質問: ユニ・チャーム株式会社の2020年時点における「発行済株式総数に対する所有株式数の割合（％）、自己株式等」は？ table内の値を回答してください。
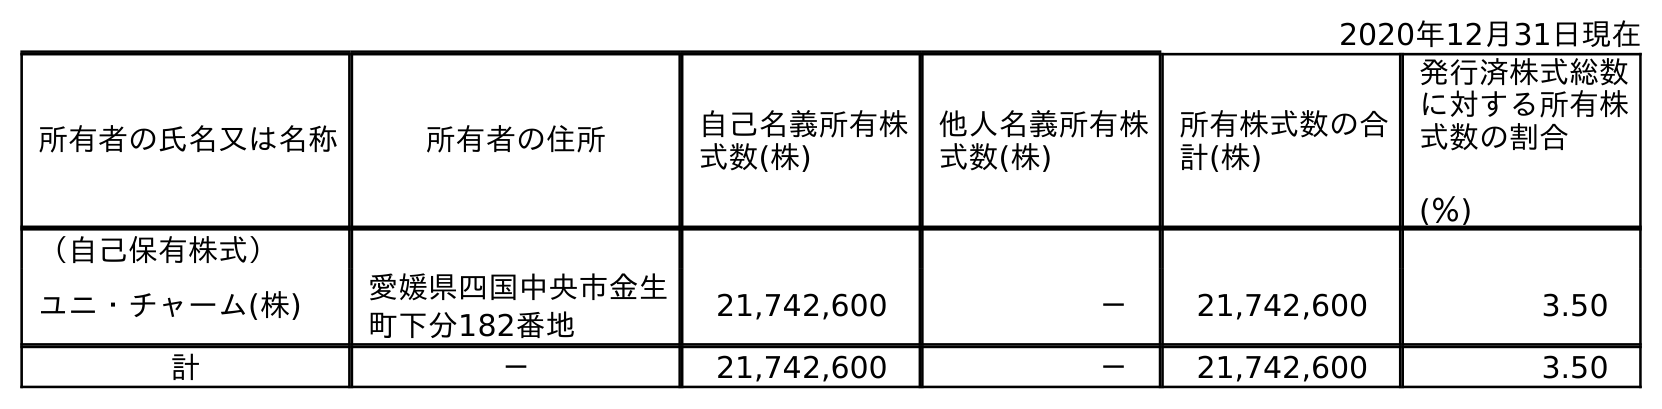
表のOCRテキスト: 2020年12月31日現在 所有者の氏名又は名称 所有者の住所 自己名義所有株 式数(株) 他人名義所有株 式数(株) 所有株式数の合 計(株) 発行済株式総数 に対する所有株 式数の割合 (％) （自己保有株式） ユニ・チャーム(株) 愛媛県四国中央市金生 町下分182番地 21,742,600 － 21,742,600 3.50 計 － 21,742,600 － 21,742,600 3.50
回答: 3.50